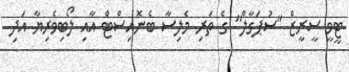
ޓީވީ ސީރީޒް "ސުޕަގާލް" ގެ ތަރި މެލިސާ ބެނޮއިސްޓް އާއި ލޯބިވެރިޔާ އަދި